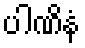
ပါဏိနံ